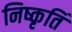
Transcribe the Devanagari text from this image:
निष्कृतिं